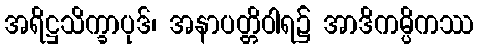
အရိဋ္ဌသိက္ခာပုဒ်၊ အနာပတ္တိဝါရ၌ အာဒိကမ္ပိကဿ